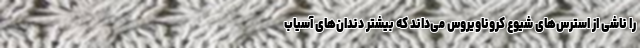
را ناشی از استرس‌های شیوع کروناویروس می‌داند که بیشتر دندان‌های آسیاب